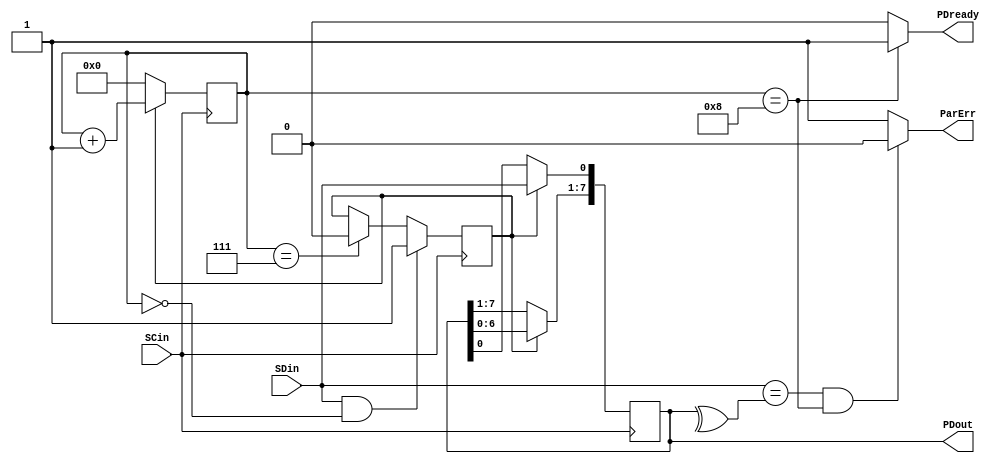
module Rx_LAB5_DRF(SCin, SDin, PDout, PDready, ParErr);
input SCin;			// clock input, SDin is valid at the rising clock edge
input SDin;			// serial data input

output [7:0] PDout;	// parallel output
output PDready;		// One-clock-cycle output pulse generated after the last serial data bit is received
output ParErr;

			
assign ParErr = ((SDin == ^SR) && (Counter [3:0] == 4'd8)) ? 1'b0 : 1'b1;

reg [7:0] SR;		// storage unit
reg [3:0] Counter;	// counter
reg SRC;			// storage control


// Data control part
always @(posedge SCin)
begin
	if ( (SDin == 1'b1) && (Counter [3:0] == 4'b0) )	// new serial incoming data 
		SRC <= 1'b1;									// set 1 when data is coming
	else
		if (Counter[3:0] == 4'd7)						// all incoming data is arrived
			SRC <= 1'b0;								// no incoming data
		else
			SRC <= SRC;									// incoming data control is idle
end

// Shift Register Part
always @(posedge SCin)
begin
	if (SRC == 1'b1)									// incoming data state
		begin
			SR [7:1] <= SR[6:0];						//	shift the data stored
			SR [0] <= SDin;								//	store the first data coming
		end
	else
		SR [7:0] <= SR [7:0];							// storage idle
end

// Counter Part to control SDin flow
always @(posedge SCin)
begin
	if (SRC == 1'b0)									// no incoming data
		Counter [3:0] <= 4'b0;							// clear the counter
	else
		Counter [3:0] <= Counter [3:0] + 4'b1;			// increment the counter by 1 when data is coming
end


assign PDout [7:0] = SR [7:0];
assign PDready = (Counter [3:0] == 4'd8) ? 1'b1 : 1'b0;

endmodule